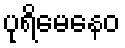
ပုရိမေနေဝ